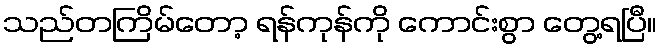
သည်တကြိမ်တော့ ရန်ကုန်ကို ကောင်းစွာ တွေ့ရပြီ။